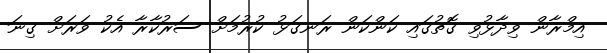
އިމްރާން ވިދާޅުވި ގޮތުގައި ކަންކަން ރަނގަޅު ކުރުމަށް ސަރުކާރާ އެކު ވަރަށް ގިނަ